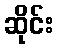
ဆိုင်း